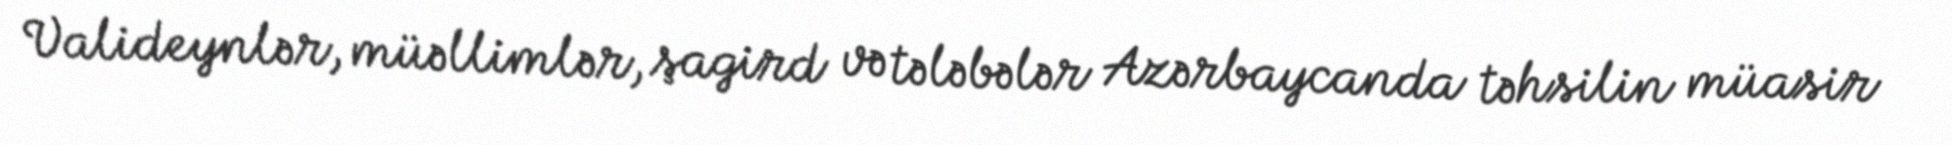
Valideynlər, müəllimlər, şagird və tələbələr Azərbaycanda təhsilin müasir